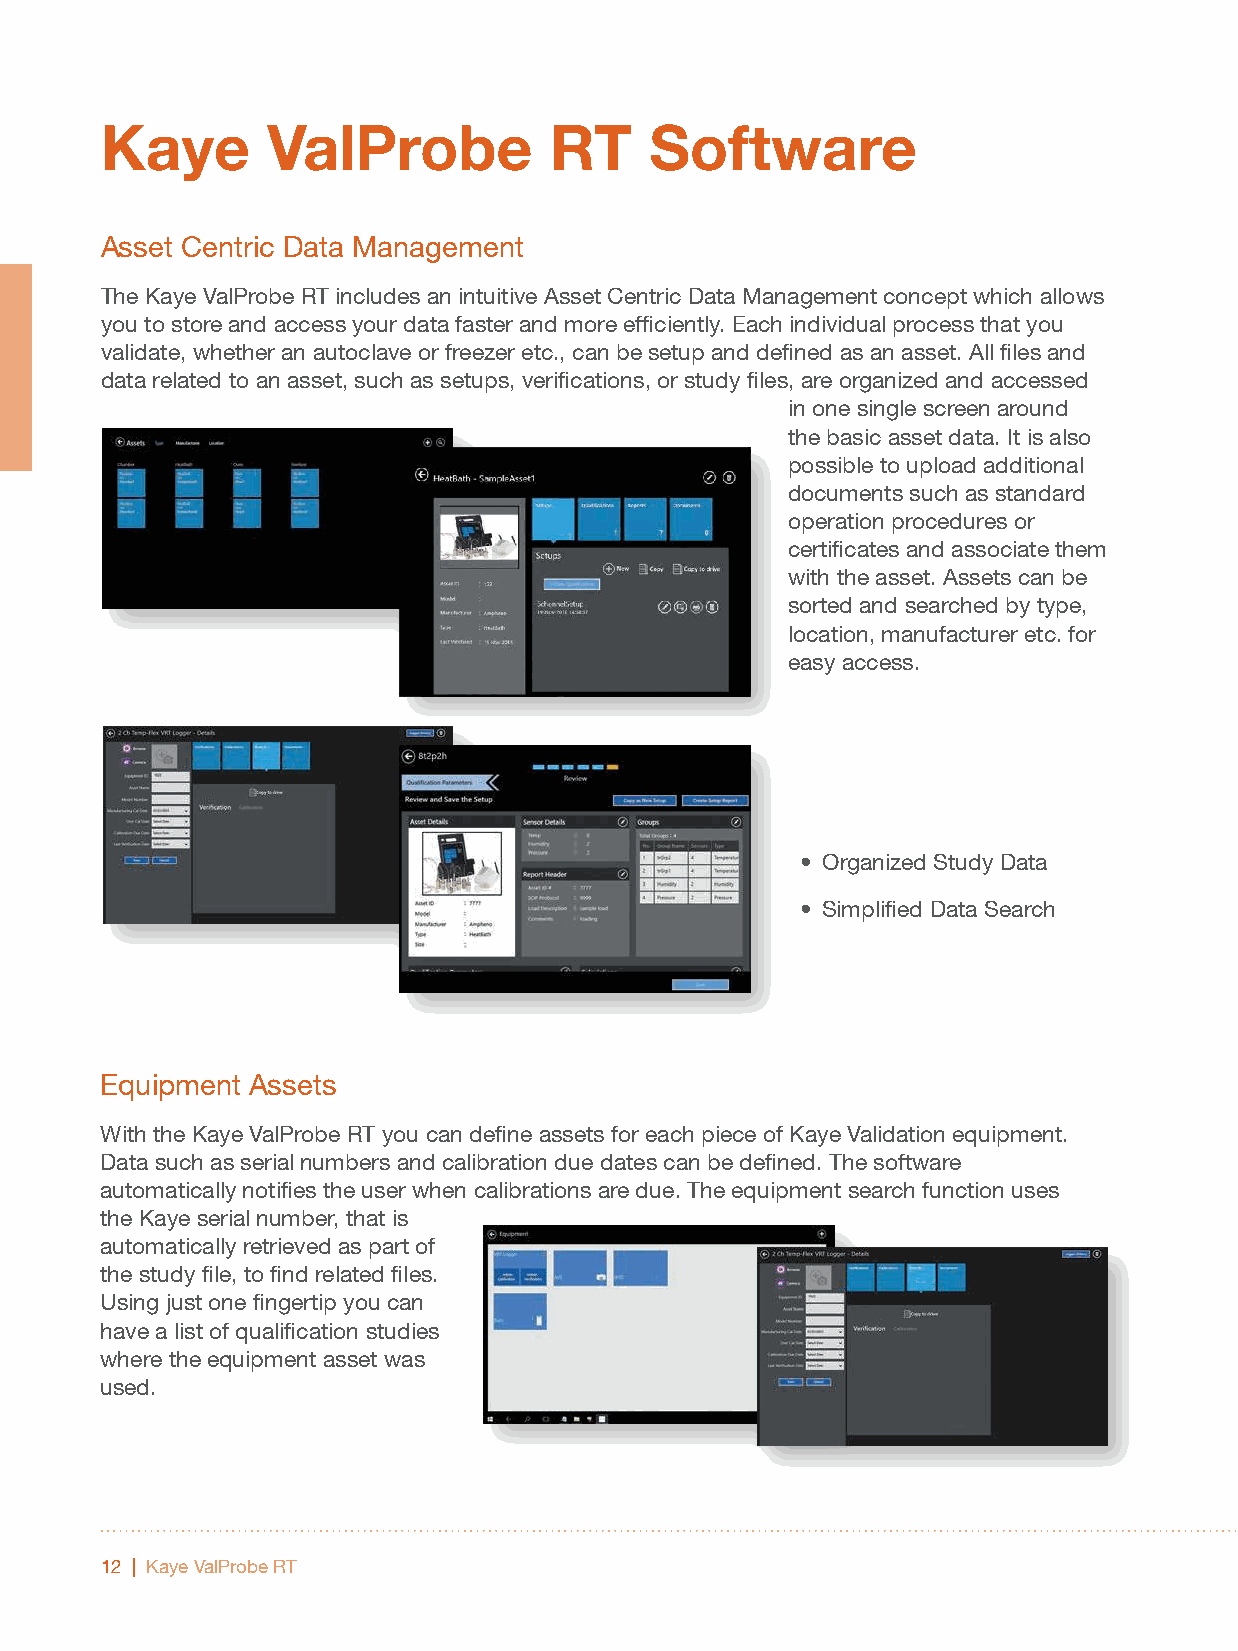
Kaye       ValProbe          RT     Software
 Asset Centric Data Management
 The Kaye ValProbe RT includes an intuitive Asset Centric Data Management concept which allows
 you to store and access your data faster and more efficiently. Each individual process that you
 validate, whether an autoclave or freezer etc., can be setup and defined as an asset. All files and
 data related to an asset, such as setups, verifications, or study files, are organized and accessed
 in one single screen around
 the basic asset data. It is also
 possible to upload additional
 documents such as standard
 operation procedures or
 certificates and associate them
 with the asset. Assets can be
 sorted and searched by type,
 location, manufacturer etc. for
 easy access.
 • Organized Study Data
 • Simplified Data Search
 Equipment Assets
 With the Kaye ValProbe RT you can define assets for each piece of Kaye Validation equipment.
 Data such as serial numbers and calibration due dates can be defined. The software
 automatically notifies the user when calibrations are due. The equipment search function uses
 the Kaye serial number, that is
 automatically retrieved as part of
 the study file, to find related files.
 Using just one fingertip you can
 have a list of qualification studies
 where the equipment asset was
 used.
 12 | Kaye ValProbe RT